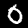
Label: 0